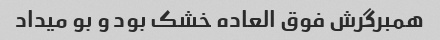
همبرگرش فوق العاده خشک بود و بو میداد